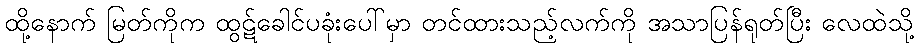
ထို့နောက် မြတ်ကိုက ထွဋ်ခေါင်ပခုံးပေါ်မှာ တင်ထားသည့်လက်ကို အသာပြန်ရုတ်ပြီး လေထဲသို့